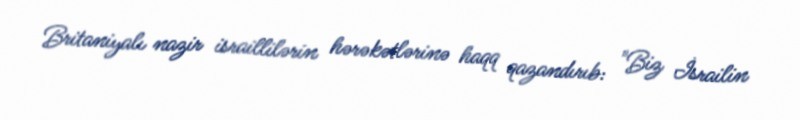
Britaniyalı nazir israillilərin hərəkətlərinə haqq qazandırıb: "Biz İsrailin